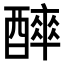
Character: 𨣑